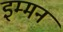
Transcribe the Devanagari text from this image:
इम्मन